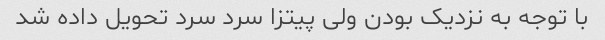
با توجه به نزدیک بودن ولی پیتزا سرد سرد تحویل داده شد